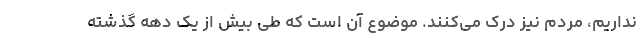
نداریم، مردم نیز درک می‌کنند. موضوع آن است که طی بیش از یک دهه گذشته